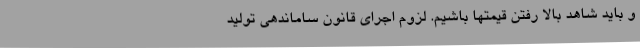
و باید شاهد بالا رفتن قیمتها باشیم. لزوم اجرای قانون ساماندهی تولید